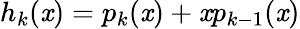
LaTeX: h_{k}(\mathit{x})=p_{k}(\mathit{x})+\mathit{x}p_{k-1}(\mathit{x})